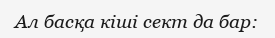
Ал басқа кіші сект да бар: